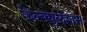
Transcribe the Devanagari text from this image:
कैल्क्युलेशन